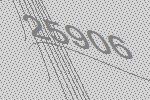
25906